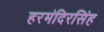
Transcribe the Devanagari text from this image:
हरमंदिरसिंह